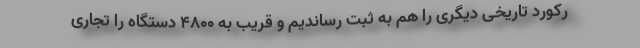
رکورد تاریخی دیگری را هم به ثبت رساندیم و قریب به ۴۸۰۰ دستگاه را تجاری